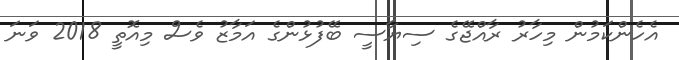
އެހެންކަމުން މިހާރު ރާއްޖޭގެ ސިޔާސީ ބޭފުޅުންގެ އަމާޒު ވެސް މިއޮތީ 2018 ވަނަ